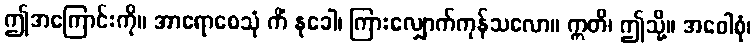
ဤအကြောင်းကို။ အာရောစေသုံ ကိံ နုခေါ၊ ကြားလျှောက်ကုန်သလော။ ဣတိ၊ ဤသို့။ အဝေါစုံ၊